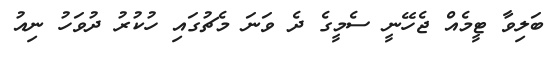
ބަލިވާ ޓީމެއް ޖެހޭނީ ސެމީގެ ދެ ވަނަ މެޗުގައި ހުކުރު ދުވަހު ނިއު